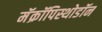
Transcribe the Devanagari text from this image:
मॅक्रॉपिस्थोडॉन